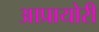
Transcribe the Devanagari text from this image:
आप्रायोरी